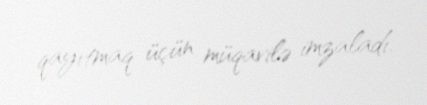
qayıtmaq üçün müqavilə imzaladı.